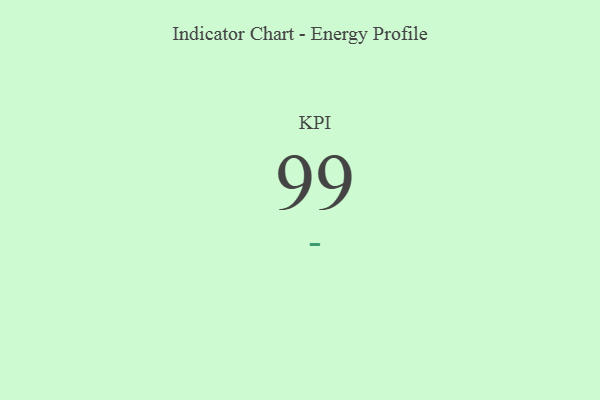
{"axis": {"x": "KPI", "y": "Value"}, "legend": [""], "data": [{"x": "KPI", "y": 99, "type": ""}]}